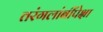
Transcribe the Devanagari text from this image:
तरंगलांबींपेक्षा